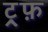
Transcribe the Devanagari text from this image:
ट्र्फ़